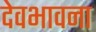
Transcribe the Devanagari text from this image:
देवभावना